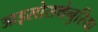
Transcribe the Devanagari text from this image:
आइसोसथेनुरिया